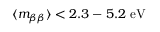
\langle m _ { \beta \beta } \rangle < 2 . 3 - 5 . 2 \ \mathrm { e V }